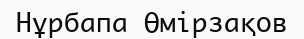
Нұрбапа Өмірзақов